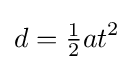
d={\tfrac {1}{2}}{a}t^{2}